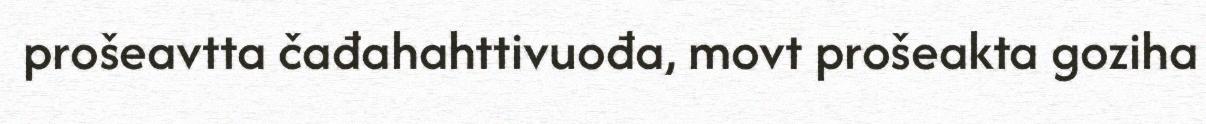
prošeavtta čađahahttivuođa, movt prošeakta goziha